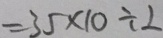
= 3 5 \times 1 0 \div 2